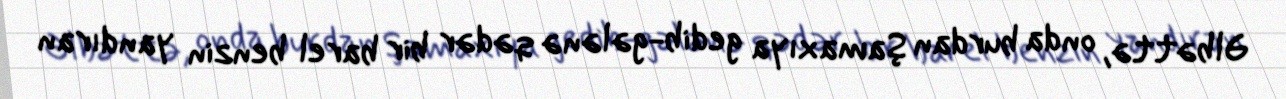
Əlbəttə, onda burdan Şamaxıya gedib-gələnə qədər bir barel benzin yandıran